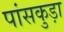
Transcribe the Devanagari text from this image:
पांसकुड़ा